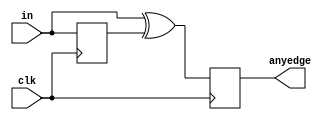
// Exercise 3-2-1-16: Detect Both Edges
module BothEdgeDet (
    input clk,
    input [7:0] in,
    output [7:0] anyedge
);
    reg [7:0] in_d, anyedge_r;
    assign anyedge = anyedge_r;

    always @(posedge clk) begin
        in_d <= in; // remember the input of previous cycle
        anyedge_r <= in ^ in_d; // use XOR to detect either edge (=(in & ~in_d) | (~in & in_d))
    end
endmodule